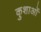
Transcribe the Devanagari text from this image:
कुशाओं